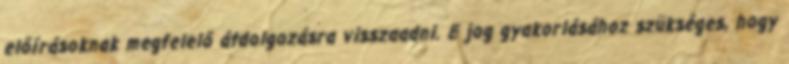
előírásoknak megfelelő átdolgozásra visszaadni. E jog gyakorlásához szükséges, hogy